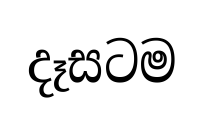
දෑසටම